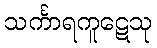
သင်္ကာရကူဋေသု